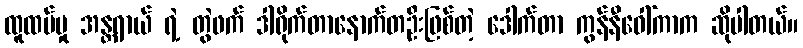
ထူထပ်မှု အန္တရာယ် ရဲ့ တွဲဖက် ဒါရိုက်တာနောက်တဦးဖြစ်တဲ့ ဒေါက်တာ ကွန်နီဝေါ်ကာက ဆိုပါတယ်။